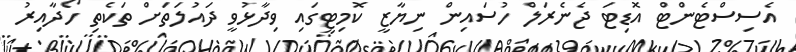
އެސިސްޓެންޓް އޮޑިޓަ ޖެނެރަލް ހުސައިން ނިޔާޒީ ކޮމިޓީގައި ވިދާޅުވީ ދައުލަތަށް ތަކެތި ހޯދާއިރު